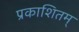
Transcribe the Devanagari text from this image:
प्रकाशितम्